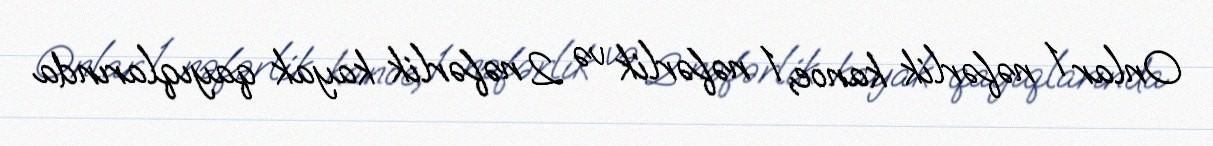
Onlar 1 nəfərlik kanoe, 1 nəfərlik və 2 nəfərlik kayak qayıqlarında